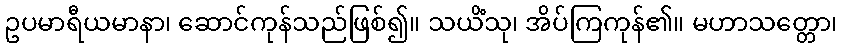
ဥပမာရီယမာနာ၊ ဆောင်ကုန်သည်ဖြစ်၍။ သယိံသု၊ အိပ်ကြကုန်၏။ မဟာသတ္တော၊